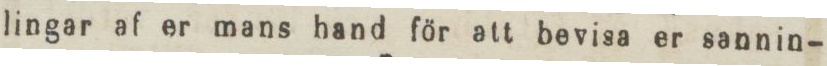
lingar af er mans hand för att bevisa er sannin-